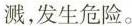
溅，发生危险。